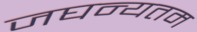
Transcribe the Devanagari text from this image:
जघन्यतम